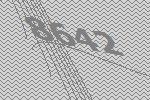
8642